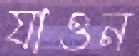
যাওন